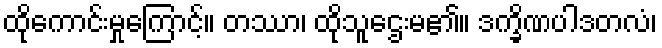
ထိုကောင်းမှုကြောင့်။ တဿာ၊ ထိုသူဌေးမ၏။ ဒက္ခိဏပါဒတလံ၊